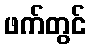
ဖက်တွင်